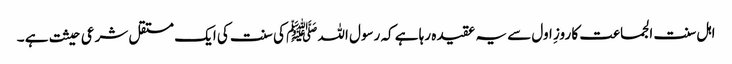
اہل سنت الجماعت کا روزِ اول سے یہ عقیدہ رہا ہے کہ رسول اللہ ﷺ کی سنت کی ایک مستقل شرعی حیثت ہے ۔